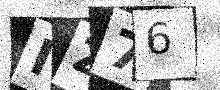
Text: IZ76